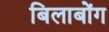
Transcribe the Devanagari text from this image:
बिलाबोंग